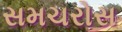
સમચરોસ